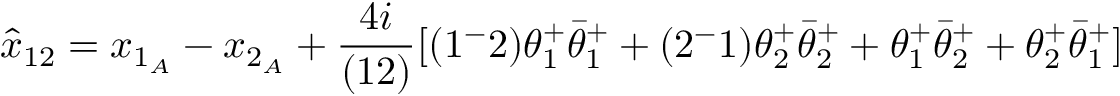
\hat { x } _ { 1 2 } = x _ { 1 _ { A } } - x _ { 2 _ { A } } + { \frac { 4 i } { ( 1 2 ) } } [ ( 1 ^ { - } 2 ) \theta _ { 1 } ^ { + } \bar { \theta } _ { 1 } ^ { + } + ( 2 ^ { - } 1 ) \theta _ { 2 } ^ { + } \bar { \theta } _ { 2 } ^ { + } + \theta _ { 1 } ^ { + } \bar { \theta } _ { 2 } ^ { + } + \theta _ { 2 } ^ { + } \bar { \theta } _ { 1 } ^ { + } ]